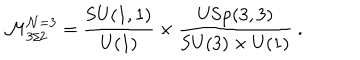
LaTeX: \mathcal { M } _ { 3 / 2 } ^ { \mathcal { N } = 3 } = \frac { \mathrm { S U } ( 1 , 1 ) } { \mathrm { U } ( 1 ) } \times \frac { \mathrm { U S p } ( 3 , 3 ) } { \mathrm { S U } ( 3 ) \times \mathrm { U } ( 1 ) } ~ .